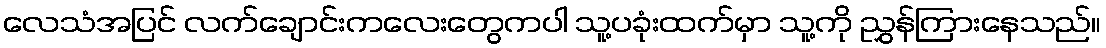
လေသံအပြင် လက်ချောင်းကလေးတွေကပါ သူ့ပခုံးထက်မှာ သူ့ကို ညွှန်ကြားနေသည်။